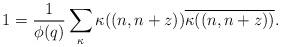
LaTeX: \begin{align*}1=\frac{1}{\phi(q)}\sum \limits_{\kappa}\kappa((n,n+z))\overline{\kappa((n,n+z))}.\end{align*}